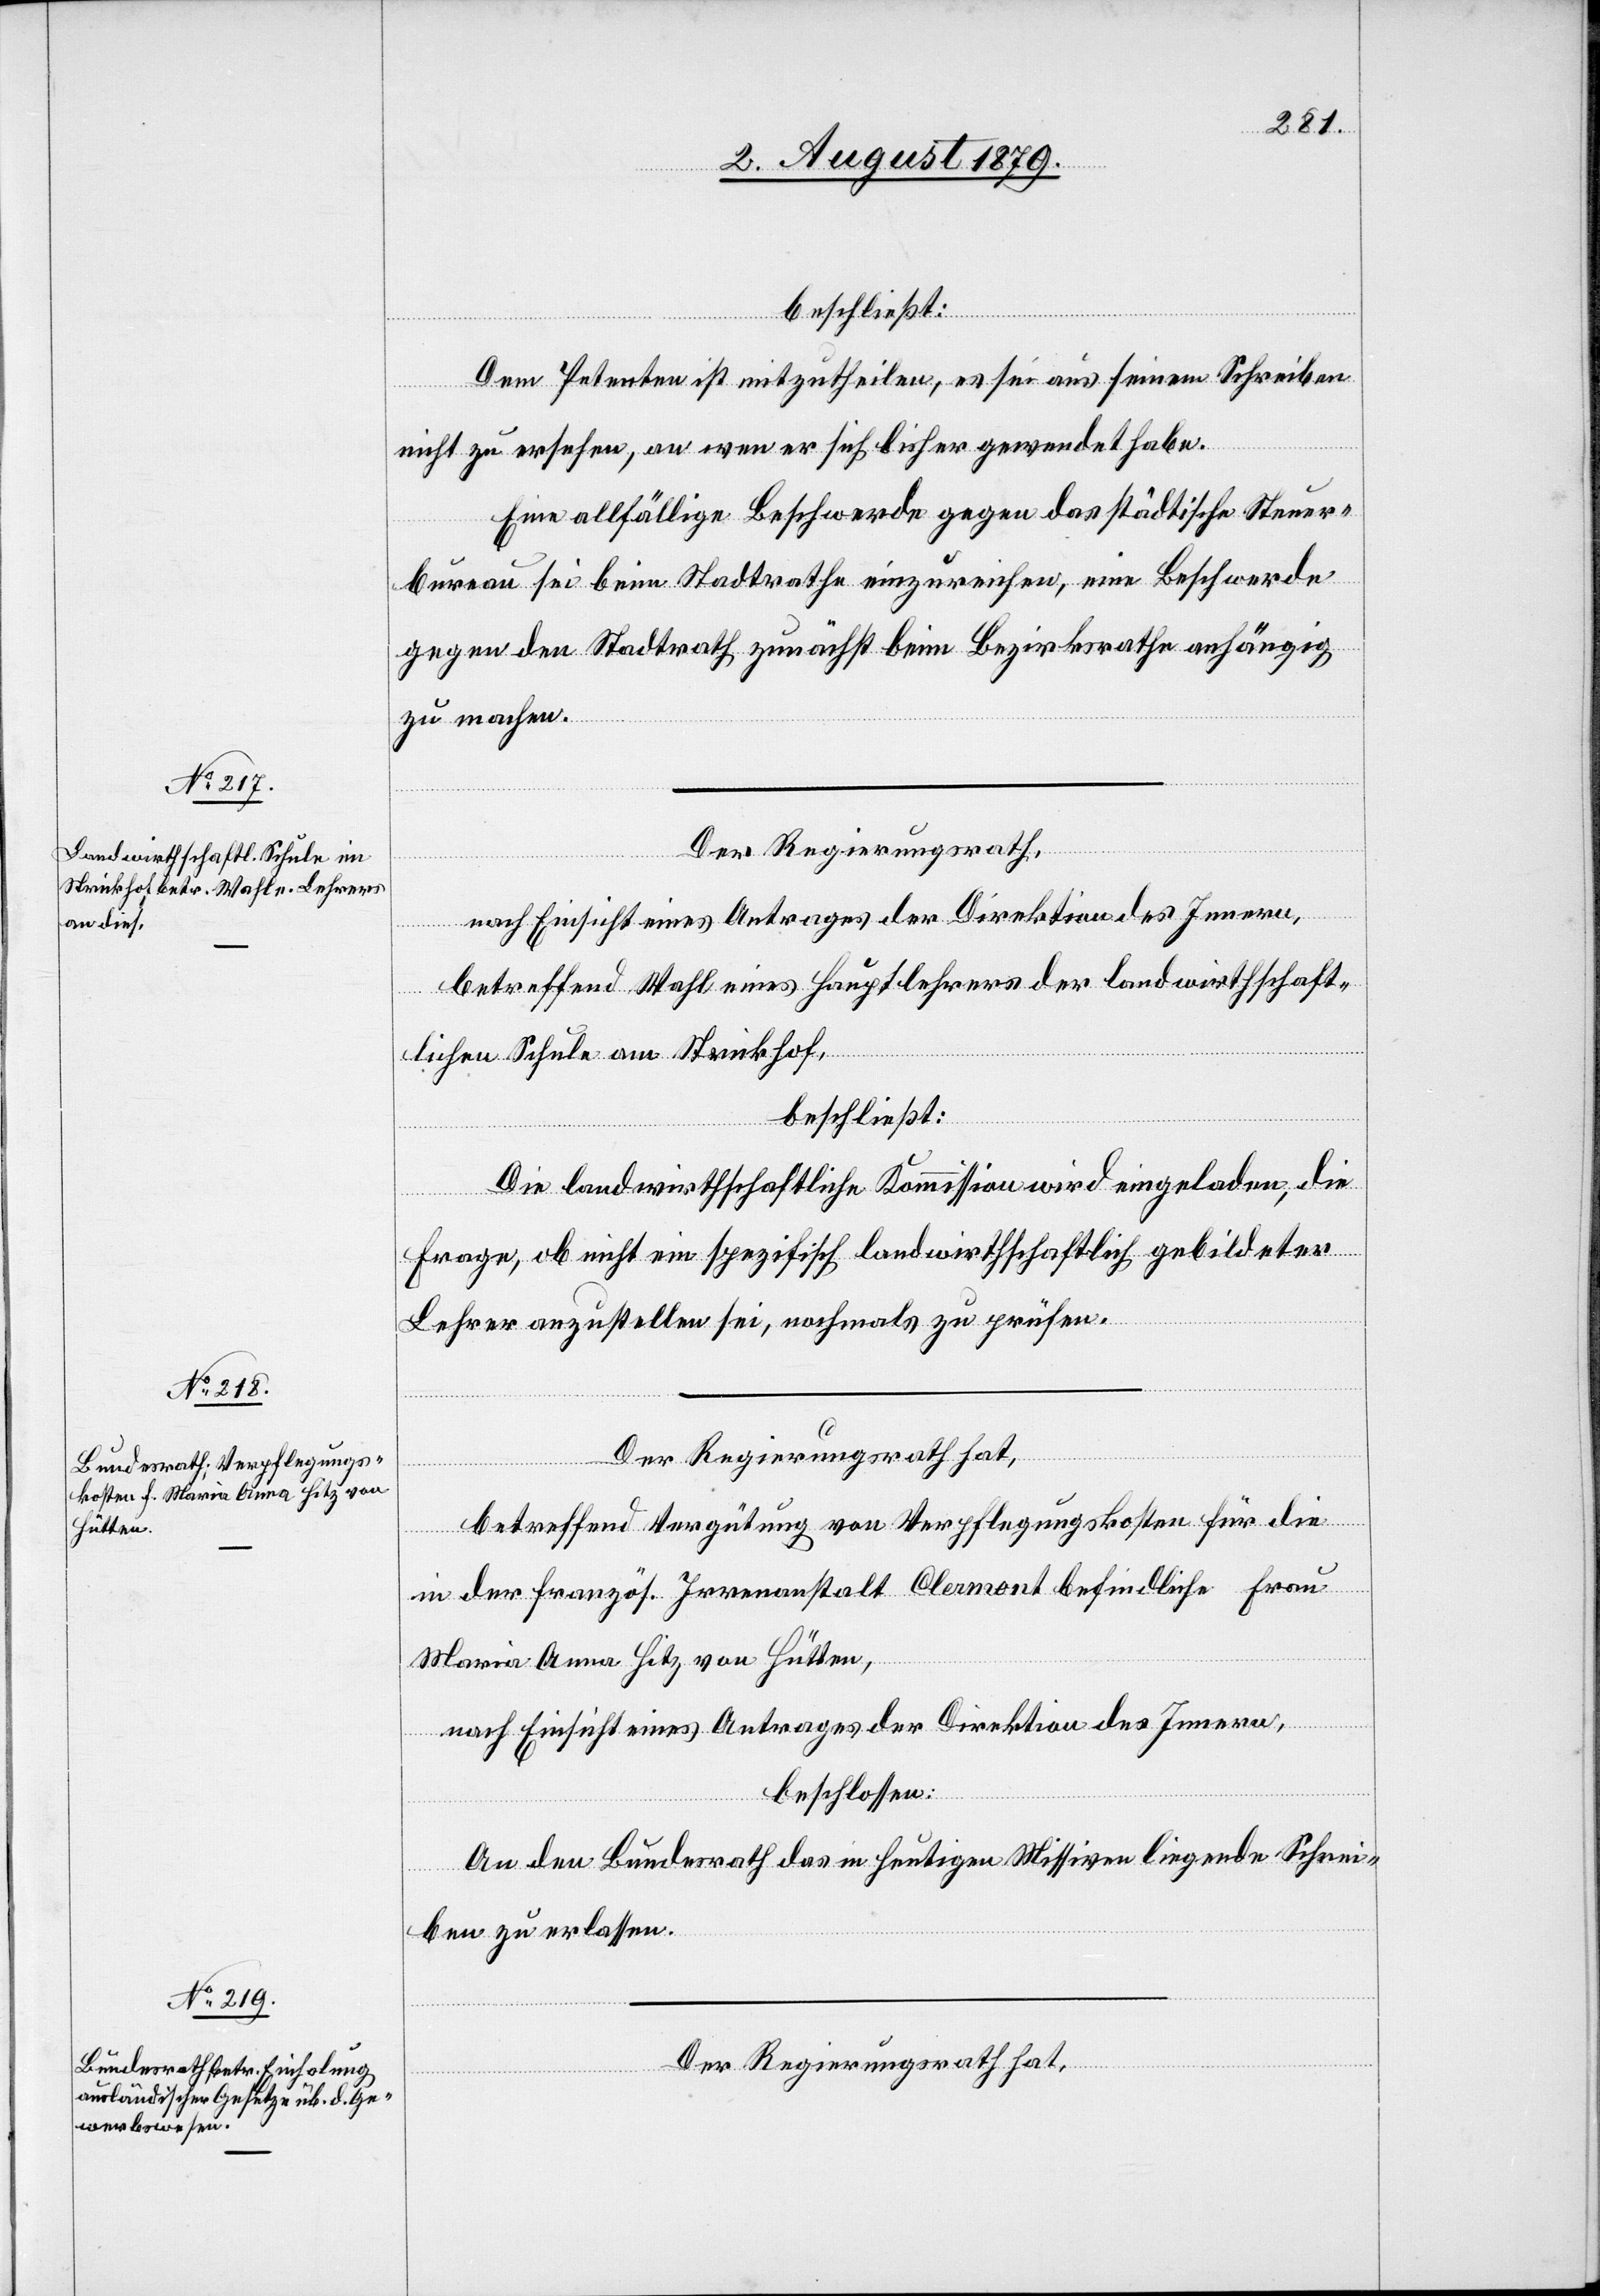
beschließt:
Dem Petenten ist mitzutheilen, es sei aus seinem Schreiben
nicht zu ersehen, an wen er sich bisher gewendet habe.
Eine allfällige Beschwerde gegen das städtische Steuer¬
bureau sei beim Stadtrathe einzureichen, eine Beschwerde
gegen den Stadtrath zunächst beim Bezirksrathe anhängig
zu machen.
Der Regierungsrath,
nach Einsicht eines Antrages der Direktion des Innern,
betreffend Wahl eines Hauptlehrers der landwirthschaft¬
lichen Schule am Strickhof,
beschließt:
Die landwirthschaftliche Kommission wird eingeladen, die
Frage, ob nicht ein spezifisch landwirthschaftlich gebildeter
Lehrer anzustellen sei, nochmals zu prüfen.
Der Regierungsrath hat,
betreffend Vergütung von Verpflegungskosten für die
in der französ. Irrenanstalt Clermont befindliche Frau
Maria Anna Hitz von Hütten,
nach Einsicht eines Antrages der Direktion des Innern,
beschlossen:
An den Bundesrath das in heutigen Missiven liegende Schrei¬
ben zu erlassen.
Der Regierungsrath hat,